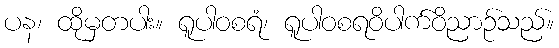
ပန၊ ထိုမှတပါး။ ရူပါဝစရံ၊ ရူပါဝစရဝိပါက်ဝိညာဉ်သည်။